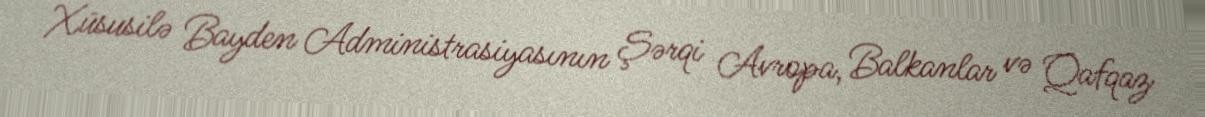
Xüsusilə Bayden Administrasiyasının Şərqi Avropa, Balkanlar və Qafqaz